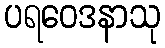
ပရဝေဒနာသု